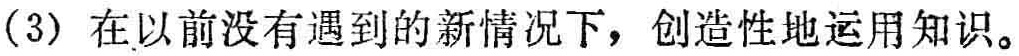
（3）在以前没有遇到的新情况下，创造性地运用知识。